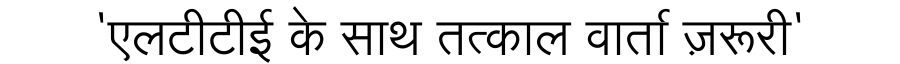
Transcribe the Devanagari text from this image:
'एलटीटीई के साथ तत्काल वार्ता ज़रूरी'